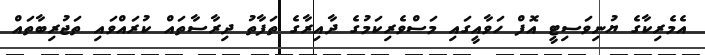
އެމެރިކާގެ ޔުނިވަސިޓީ އޮފް ހަވާއީގައި މަސްވެރިކަމުގެ ދާއިރާގެ ތަފާތު ދިރާސާތައް ކުރައްވައި ތަޖުރިބާތައް